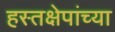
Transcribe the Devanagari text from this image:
हस्तक्षेपांच्या